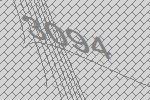
3094